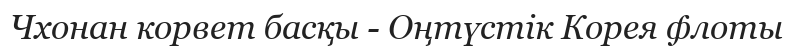
Чхонан корвет басқы - Оңтүстік Корея флоты